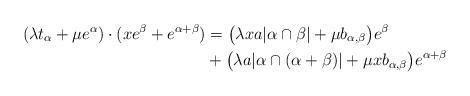
LaTeX: \begin{align*} (\lambda t_\alpha + \mu e^{\alpha}) \cdot (x e^\beta + e^{\alpha + \beta}) & = \big(\lambda x a \vert \alpha \cap \beta \vert + \mu b_{\alpha,\beta}\big)e^\beta \\& + \big(\lambda a \vert \alpha \cap (\alpha + \beta) \vert + \mu x b_{\alpha, \beta}\big) e^{\alpha + \beta}\end{align*}